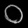
Digit: ၀